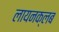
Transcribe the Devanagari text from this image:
लायनक्लब